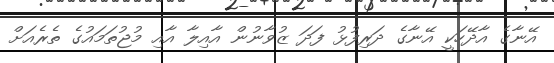
އޭނާގެ އާދޭހަކީ އޭނާގެ ދަރިފުޅު ފަދަ ޒުވާނުން އާއިލާ އާއި މުޖުތަމައުގެ ތެރެއަށް